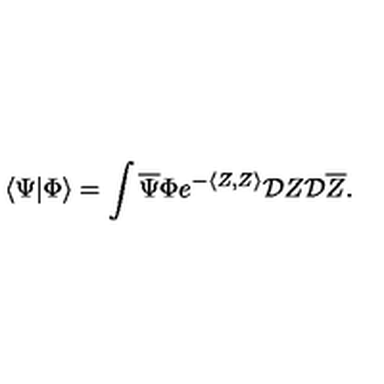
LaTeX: \langle \Psi | \Phi \rangle = \int { \overline { \Psi } } \Phi e ^ { - \langle Z , Z \rangle } { \cal D } Z { \cal D } { \overline { Z } } .